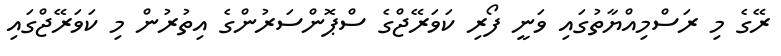
ރޭގެ މި ރަސްމިއްޔާތުގައި ވަނީ ފޯރި ކަވަރޭޖްގެ ސްޕޮންސަރުންގެ އިތުރުން މި ކަވަރޭޖްގައި